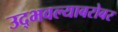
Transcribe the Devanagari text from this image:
उद्भवल्याबरोबर